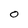
Character: 0